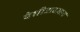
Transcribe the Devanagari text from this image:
पेशीअवसाद